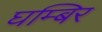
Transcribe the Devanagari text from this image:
घम्बिर